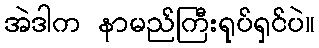
အဲဒါက နာမည်ကြီးရုပ်ရှင်ပဲ။